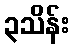
၃သိန်း